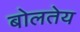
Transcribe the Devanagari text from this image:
बोलतेय